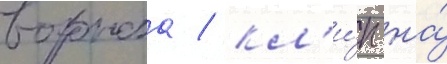
воронова / кл'и́п на́